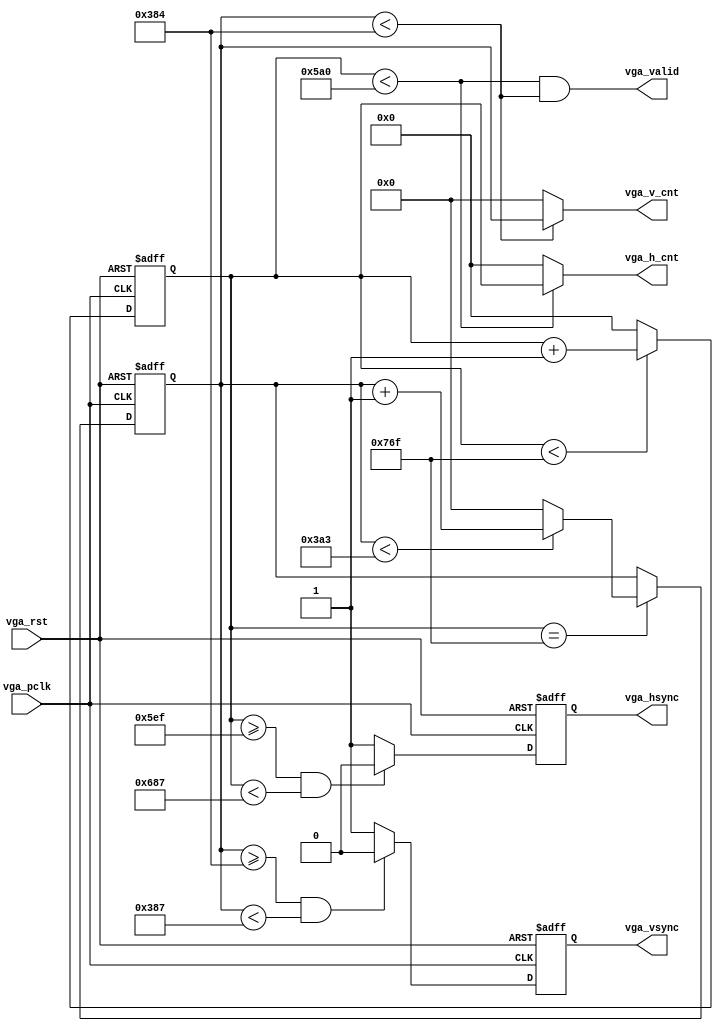
`timescale 1ns / 1ps
//////////////////////////////////////////////////////////////////////////////////

// Module Name: vga_1440x900

//////////////////////////////////////////////////////////////////////////////////


module vga_1440x900(
    input wire vga_pclk,vga_rst,
    output wire vga_hsync,vga_vsync,vga_valid,
    output wire [11:0]vga_h_cnt,
    output wire [10:0]vga_v_cnt
    );
    
    localparam 
        HD = 11'd1440,
        HF = 11'd80,
        HA = 11'd152,
        HB = 11'd232,
        HT = 11'd1904,
        VD = 10'd900,
        VF = 10'd1,
        VA = 10'd3,
        VB = 10'd28,
        VT = 10'd932;
    
    reg [11:0]pixel_cnt;
    reg [10:0]line_cnt;
    reg hsync,vsync,hactive,vactive;
    
    always@(posedge vga_pclk,posedge vga_rst)
        if(vga_rst)
            pixel_cnt <= 0;
        else if(pixel_cnt < (HT - 1))
                pixel_cnt <= pixel_cnt + 1;
             else
                pixel_cnt <= 0;

    always@(posedge vga_pclk,posedge vga_rst)
        if(vga_rst)
            hsync <= 1;
        else if((pixel_cnt >= (HD + HF - 1))&&(pixel_cnt < (HD + HF + HA -1)))
                hsync <= 0;
            else
                hsync <= 1;
    
    always@(posedge vga_pclk,posedge vga_rst)
        if(vga_rst)
            line_cnt <= 0;
        else if(pixel_cnt == (HT -1))
                if(line_cnt < (VT - 1))
                    line_cnt <= line_cnt + 1;
                else
                    line_cnt <= 0;
                    
    always@(posedge vga_pclk,posedge vga_rst)
        if(vga_rst)
            vsync <= 1;
        else if((line_cnt >= (VD + VF - 1))&&(line_cnt < (VD + VF + VA - 1)))
            vsync <= 0;
        else
            vsync <= 1;
                    
    assign vga_hsync = hsync;
    assign vga_vsync = vsync;
    assign vga_valid = ((pixel_cnt < HD) && (line_cnt < VD));
    
    assign vga_h_cnt = (pixel_cnt < HD) ? pixel_cnt:11'd0;
    assign vga_v_cnt = (line_cnt < VD) ? line_cnt:10'd0;
           
endmodule